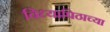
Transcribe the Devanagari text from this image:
विध्यापिठाच्या